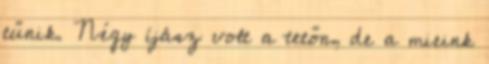
tűnik. Négy íjász volt a tetőn, de a mieink